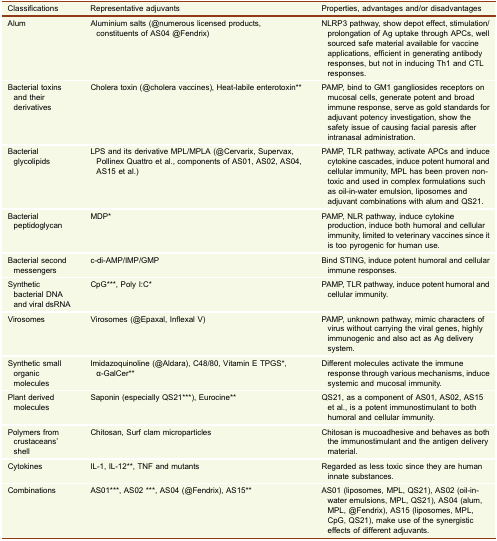
<table><thead><tr><td><b>Classifications</b></td><td><b>Representative adjuvants</b></td><td><b>Properties, advantages and/or disadvantages</b></td></tr></thead><tbody><tr><td>Alum</td><td>Aluminium salts (@numerous licensed products, constituents of AS04 @Fendrix)</td><td>NLRP3 pathway, show depot effect, stimulation/prolongation of Ag uptake through APCs, well sourced safe material available for vaccine applications, efficient in generating antibody responses, but not in inducing Th1 and CTL responses.</td></tr><tr><td>Bacterial toxins and their derivatives</td><td>Cholera toxin (@cholera vaccines), Heat-labile enterotoxin**</td><td>PAMP, bind to GM1 gangliosides receptors on mucosal cells, generate potent and broad immune response, serve as gold standards for adjuvant potency investigation, show the safety issue of causing facial paresis after intranasal administration.</td></tr><tr><td>Bacterial glycolipids</td><td>LPS and its derivative MPL/MPLA (@Cervarix, Supervax, Pollinex Quattro et al., components of AS01, AS02, AS04, AS15 et al.)</td><td>PAMP, TLR pathway, activate APCs and induce cytokine cascades, induce potent humoral and cellular immunity, MPL has been proven non-toxic and used in complex formulations such as oil-in-water emulsion, liposomes and adjuvant combinations with alum and QS21.</td></tr><tr><td>Bacterial peptidoglycan</td><td>MDP*</td><td>PAMP, NLR pathway, induce cytokine production, induce both humoral and cellular immunity, limited to veterinary vaccines since it is too pyrogenic for human use.</td></tr><tr><td>Bacterial second messengers</td><td>c-di-AMP/IMP/GMP</td><td>Bind STING, induce potent humoral and cellular immune responses.</td></tr><tr><td>Synthetic bacterial DNA and viral dsRNA</td><td>CpG***, Poly I:C*</td><td>PAMP, TLR pathway, induce potent humoral and cellular immunity.</td></tr><tr><td>Virosomes</td><td>Virosomes (@Epaxal, Inflexal V)</td><td>PAMP, unknown pathway, mimic characters of virus without carrying the viral genes, highly immunogenic and also act as Ag delivery system.</td></tr><tr><td>Synthetic small organic molecules</td><td>Imidazoquinoline (@Aldara), C48/80, Vitamin E TPGS*, α-GalCer**</td><td>Different molecules activate the immune response through various mechanisms, induce systemic and mucosal immunity.</td></tr><tr><td>Plant derived molecules</td><td>Saponin (especially QS21***), Eurocine**</td><td>QS21, as a component of AS01, AS02, AS15 et al., is a potent immunostimulant to both humoral and cellular immunity.</td></tr><tr><td>Polymers from crustaceans’ shell</td><td>Chitosan, Surf clam microparticles</td><td>Chitosan is mucoadhesive and behaves as both the immunostimulant and the antigen delivery material.</td></tr><tr><td>Cytokines</td><td>IL-1, IL-12**, TNF and mutants</td><td>Regarded as less toxic since they are human innate substances.</td></tr><tr><td>Combinations</td><td>AS01***, AS02 ***, AS04 (@Fendrix), AS15**</td><td>AS01 (liposomes, MPL, QS21), AS02 (oil-in-water emulsions, MPL, QS21), AS04 (alum, MPL, @Fendrix), AS15 (liposomes, MPL, CpG, QS21), make use of the synergistic effects of different adjuvants.</td></tr></tbody></table>